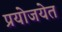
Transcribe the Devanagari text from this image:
प्रयोजयेत